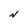
Character: N